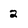
Character: 2